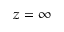
z = \infty